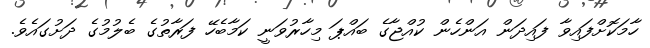
ހާމަކޮށްފައިވާ ފައިދަން އަންހެން ކުއްޖާގެ ބައްޕަ މިހާރުވަނީ ކަމާބެހޭ ފަރާތުގެ ބެލުމުގެ ދަށުގައެވެ.